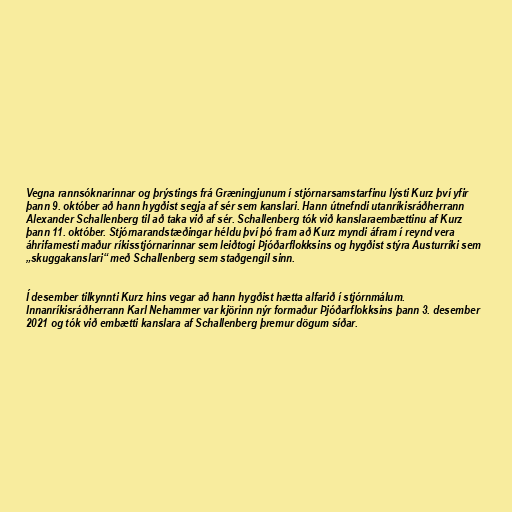
Vegna rannsóknarinnar og þrýstings frá Græningjunum í stjórnarsamstarfinu lýsti Kurz því yfir
þann 9. október að hann hygðist segja af sér sem kanslari. Hann útnefndi utanríkisráðherrann
Alexander Schallenberg til að taka við af sér. Schallenberg tók við kanslaraembættinu af Kurz
þann 11. október. Stjórnarandstæðingar héldu því þó fram að Kurz myndi áfram í reynd vera
áhrifamesti maður ríkisstjórnarinnar sem leiðtogi Þjóðarflokksins og hygðist stýra Austurríki sem
„skuggakanslari“ með Schallenberg sem staðgengil sinn.

Í desember tilkynnti Kurz hins vegar að hann hygðist hætta alfarið í stjórnmálum.
Innanríkisráðherrann Karl Nehammer var kjörinn nýr formaður Þjóðarflokksins þann 3. desember
2021 og tók við embætti kanslara af Schallenberg þremur dögum síðar.